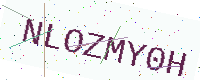
Text: NLOZMY0H